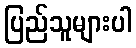
ပြည်သူများပါ